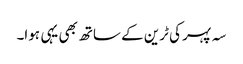
سہ پہر کی ٹرین کے ساتھ بھی یہی ہوا۔